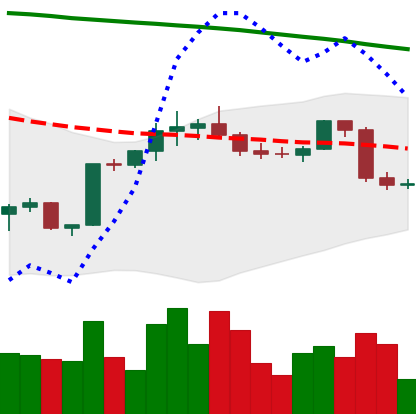
Ticker: BTC-USD
Chart end date: 2022-02-19
Forward return: -4.46%
Label: down_3_5